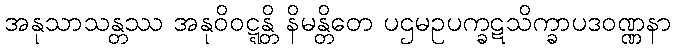
အနုသာသန္တဿ အနုဝိဝဋ္ဋန္တိ နိမန္တိတေ ပဌမဥပက္ခဋသိက္ခာပဒဝဏ္ဏနာ